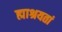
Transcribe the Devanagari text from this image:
ह्माश्रयतां